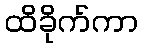
ထိခိုက်ကာ